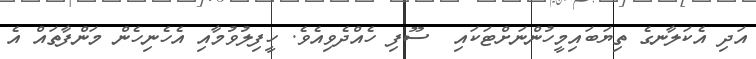
އަދި އެކަލާނގެ ތިޔަބައިމީހުންނަށްޓަކައި  ސޫފި ހެއްދެވިއެވެ. ހީފިލުވުމާއި އެހެނިހެން މަންފާތައް އެ